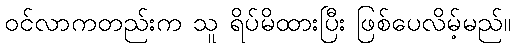
ဝင်လာကတည်းက သူ ရိပ်မိထားပြီး ဖြစ်ပေလိမ့်မည်။